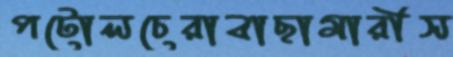
পটোলচেরাবাছামারীস